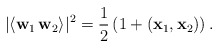
\begin{align*} |\langle \mathbf{w}_1 \, \mathbf{w}_2 \rangle|^2 = \frac{1}{2} \left( 1 + (\mathbf{x}_1, \mathbf{x}_2) \right). \end{align*}